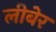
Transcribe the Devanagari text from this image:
लीबेर